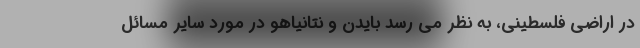
در اراضی فلسطینی، به نظر می رسد بایدن و نتانیاهو در مورد سایر مسائل